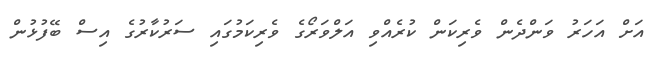
އަށް އަހަރު ވަންދެން ވެރިކަން ކުރެއްވި އަލްވަރޯގެ ވެރިކަމުގައި ސަރުކާރުގެ އިސް ބޭފުޅުން